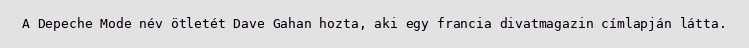
A Depeche Mode név ötletét Dave Gahan hozta, aki egy francia divatmagazin címlapján látta.